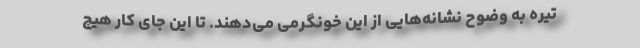
تیره به وضوح نشانه‌هایی از این خونگرمی‌ می‌دهند. تا این جای کار هیچ